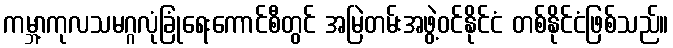
ကမ္ဘာ့ကုလသမဂ္ဂလုံခြုံရေးကောင်စီတွင် အမြဲတမ်းအဖွဲ့ဝင်နိုင်ငံ တစ်နိုင်ငံဖြစ်သည်။